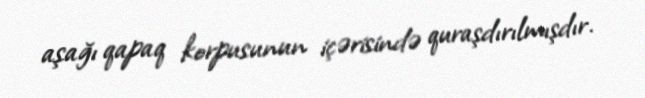
aşağı qapaq korpusunun içərisində quraşdırılmışdır.